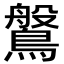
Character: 𪄀